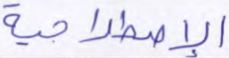
الإصطلاحية